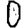
Digit: 0